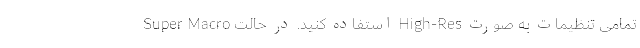
Super Macro استفاده کنید. در حالت High-Res تمامی تنظیمات به صورت